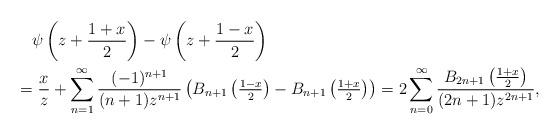
LaTeX: \begin{align*} & \quad\psi\left(z+\frac{1+x}{2}\right)-\psi\left(z+\frac{1-x}{2}\right)\\ & =\frac{x}{z}+\sum_{n=1}^{\infty}\frac{(-1)^{n+1}}{(n+1)z^{n+1}}\left(B_{n+1}\left(\tfrac{1-x}{2}\right)-B_{n+1}\left(\tfrac{1+x}{2}\right)\right)=2\sum_{n=0}^{\infty}\frac{B_{2n+1}\left(\frac{1+x}{2}\right)}{(2n+1)z^{2n+1}},\end{align*}